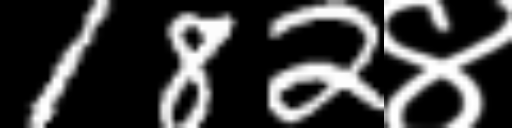
Text: 182४